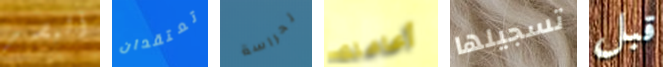
البصر تعتقدان لحراسة أعاملك تسجيلها قبل